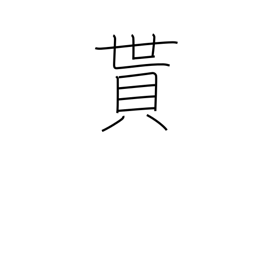
Meaning: obtain